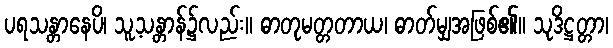
ပရသန္တာနေပိ၊ သူ့သန္တာန်၌လည်း။ ဓာတုမတ္တတာယ၊ ဓာတ်မျှအဖြစ်၏။ သုဒိဋ္ဌတ္တာ၊